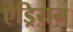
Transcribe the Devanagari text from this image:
ऐड्रियन